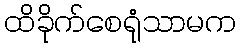
ထိခိုက်စေရုံသာမက